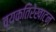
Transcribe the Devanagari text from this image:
व्यक्तिरेखाटन